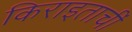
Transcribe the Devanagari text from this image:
किराइताचीं